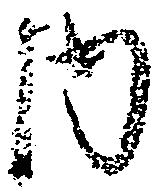
内